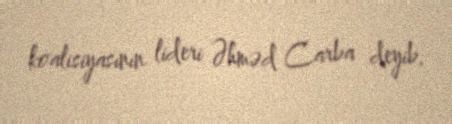
koalisiyasının lideri Əhməd Carba deyib.